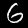
Label: 6